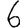
Digit: 6